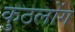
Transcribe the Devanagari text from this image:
कुठलोंग